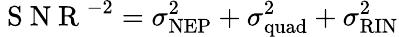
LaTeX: \mathrm{~S~N~R~}^{-2}=\sigma_{\mathrm{NEP}}^{2}+\sigma_{\mathrm{quad}}^{2}+\sigma_{\mathrm{RIN}}^{2}